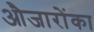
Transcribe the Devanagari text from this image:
औजारोंका